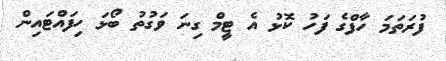
ފުރަތަމަ ހާފްގެ ފަހު ކޮޅު އެ ޓީމް ގިނަ ވަގުތު ބޯޅަ ހިފައްޓައިން